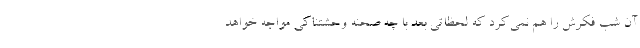
آن شب فکرش را هم نمی‌کرد که لحظاتی بعد با چه صحنه وحشتناکی مواجه خواهد